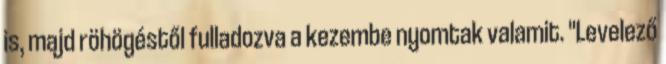
is, majd röhögéstől fulladozva a kezembe nyomtak valamit. "Levelező